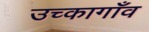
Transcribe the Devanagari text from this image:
उच्कागाँव